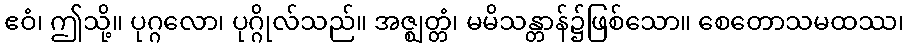
ဧဝံ၊ ဤသို့။ ပုဂ္ဂလော၊ ပုဂ္ဂိုလ်သည်။ အဇ္ဈတ္တံ၊ မမိသန္တာန်၌ဖြစ်သော။ စေတောသမထဿ၊